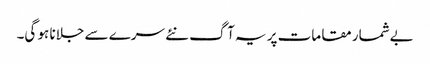
بےشمار مقامات پر یہ آگ نئے سرے سے جلانا ہو گی۔